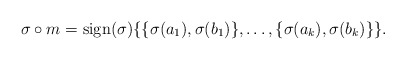
\begin{align*}\sigma \circ m = \mathrm{sign}(\sigma)\{ \{\sigma(a_1), \sigma(b_1)\}, \dots, \{\sigma(a_k), \sigma(b_k)\}\}.\end{align*}